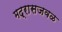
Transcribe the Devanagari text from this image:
मद्रासजवळ